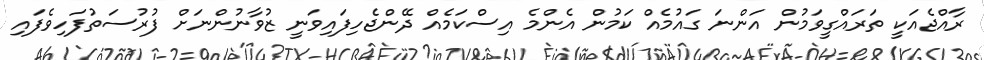
ރާއްޖެއަކީ ތަރައްގީވަމުން އަންނަ ގައުމެއް ކަމުން އެންމެ އިސްކަމެއް ދޭންޖެހިފައިވަނީ ޒުވާނުންނަށް ފުރުސަތުފަހިވެފައި